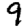
Digit: 9